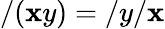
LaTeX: /(\mathbf{x}y)=/y/\mathbf{x}